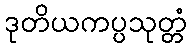
ဒုတိယကပ္ပသုတ္တံ